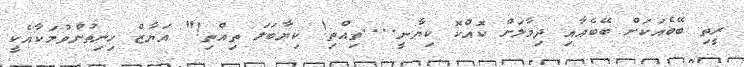
ރީތި ބޭބެއަކަށް ބޭބެއާއި ދިމާލަށް ކޮއްކޮ ކިޔާނީ....ތިއްތި! ކިޔާބަލަ ތިއްތި!" އަޔާޒް ހިނިތުންވުމަކާއެކީ